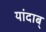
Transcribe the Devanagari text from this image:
यांदाब्